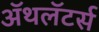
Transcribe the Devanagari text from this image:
ॲथलॅटर्स